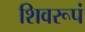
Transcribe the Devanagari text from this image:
शिवरूपं